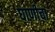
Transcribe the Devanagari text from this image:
घाणीचा